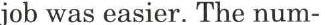
job was easier. The num-